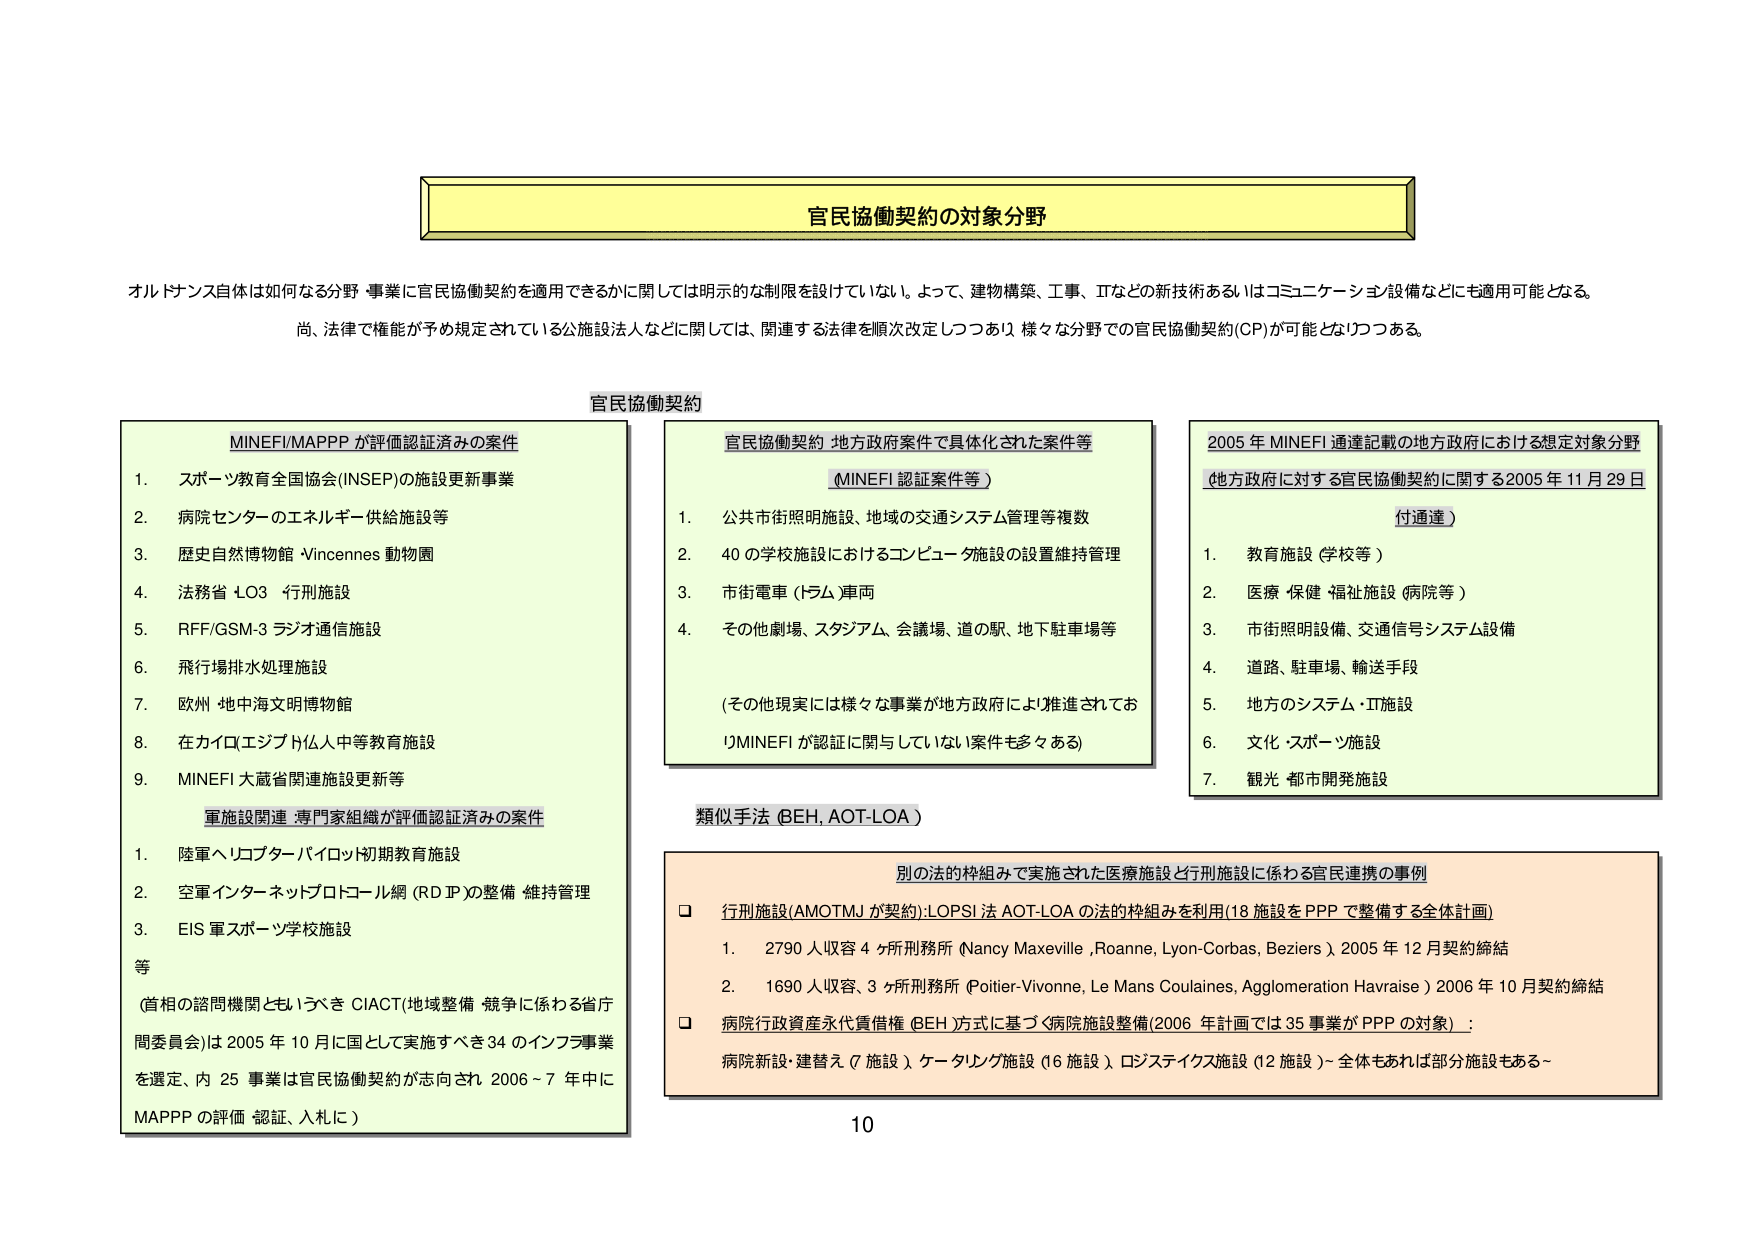
官民協働契約の対象分野

オルトランス自体は如何なる分野・事業に官民協働契約を適用できるかに関しては明示的な制限を設けていない。よって、建物構築、工事、ITなどの新技術あるいはコミュニケーション設備などにも適用可能となる。
尚、法律で権能が予め規定されている公施設法人などに関しては、関連する法律を順次改定しつつあり、様々な分野での官民協働契約(CP)が可能となりつつある。

官民協働契約

MINEFI/MAPPP が評価認証済みの案件
1. スポーツ教育全国協会(INSEP)の施設更新事業
2. 病院センターのエネルギー供給施設等
3. 歴史自然博物館 Vincennes 動物園
4. 法務省 LO3 行刑施設
5. RFF/GSM-3 ラジオ通信施設
6. 飛行場排水処理施設
7. 欧州・地中海文明博物館
8. 在カイロ(エジプト)仏人中等教育施設
9. MINEFI 大蔵省関連施設更新等

軍施設関連・専門家組織が評価認証済みの案件
1. 陸軍ヘリコプターパイロット初期教育施設
2. 空軍インターネットプロトコル網 (RD IP)の整備・維持管理
3. EIS 軍スポーツ学校施設
等
(首相の諮問機関ともいうべき C1ACT(地域整備・競争に係わる省庁間委員会)は 2005 年 10 月に国として実施すべき 34 のインフラ事業を選定、内 25 事業は官民協働契約が志向され 2006～7 年中に MAPPP の評価・認証、入札に)

官民協働契約 地方政府案件で具体化された案件等
(MINEFI 認証案件等)
1. 公共市街照明施設、地域の交通システム管理等複数
2. 40 の学校施設におけるコンピュータ施設の設置維持管理
3. 市街電車 (トラム)車両
4. その他劇場、スタジアム、会議場、道の駅、地下駐車場等
(その他現実には様々な事業が地方政府により推進されており MINEFI が認証に関与していない案件も多々ある)

類似手法 (BEH, AOT-LOA)

2005 年 MINEFI 通達記載の地方政府における想定対象分野
(地方政府に対する官民協働契約に関する 2005 年 11 月 29 日 付通達)
1. 教育施設 (学校等)
2. 医療・保健・福祉施設 (病院等)
3. 市街照明設備、交通信号システム設備
4. 道路、駐車場、輸送手段
5. 地方のシステム・IT施設
6. 文化・スポーツ施設
7. 観光・都市開発施設

別の法的枠組みで実施された医療施設と行刑施設に係わる官民連携の事例
□ 行刑施設(AMOTMJ が契約):LOPSI 法 AOT-LOA の法的枠組みを利用(18 施設を PPP で整備する全体計画)
1. 2790 人収容 4 ヶ所刑務所 (Nancy Maxeville, Roanne, Lyon-Corbas, Beziers) 2005 年 12 月契約締結
2. 1690 人収容、3 ヶ所刑務所 (Poitier-Vivonne, Le Mans Coulaines, Agglomeration Havaise) 2006 年 10 月契約締結
□ 病院行政資産永代賃借権 (BEH 方式)に基づく病院施設整備(2006 年計画では 35 事業が PPP の対象)：
病院新設・建替え (7 施設)、ケータリング施設 (16 施設)、ロジスティクス施設 (12 施設)～全体もあれば部分施設もある～

10